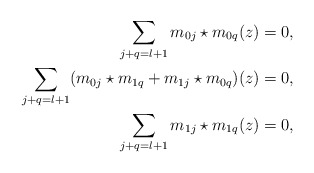
\begin{align*} \sum_{j+q = l+1} m_{0j} \star m_{0q} (z)= 0, \\ \sum_{j+q = l+1} (m_{0j} \star m_{1q} + m_{1j} \star m_{0q})(z) = 0,\\ \sum_{j+q = l+1} m_{1j} \star m_{1q}(z) = 0,\end{align*}